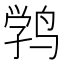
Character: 𱊉